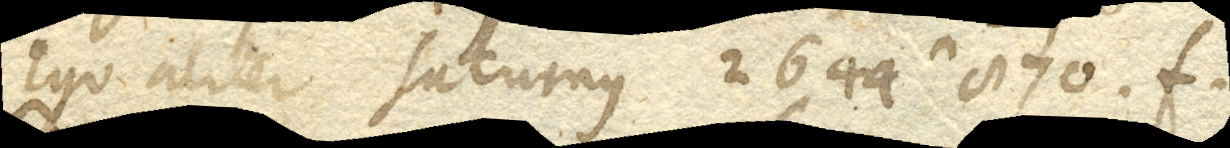
Ego aliter Saturnus 2644∩870. f.